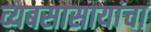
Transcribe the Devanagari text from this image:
व्यबसासायांचा